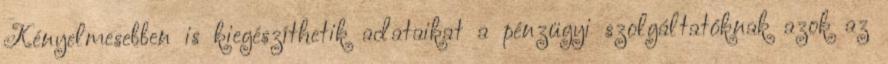
Kényelmesebben is kiegészíthetik adataikat a pénzügyi szolgáltatóknak azok az